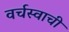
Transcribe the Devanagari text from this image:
वर्चस्वाची